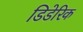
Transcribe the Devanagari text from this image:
डिडेरिक